Malaria in India - Number 2
Disease focus: Malaria
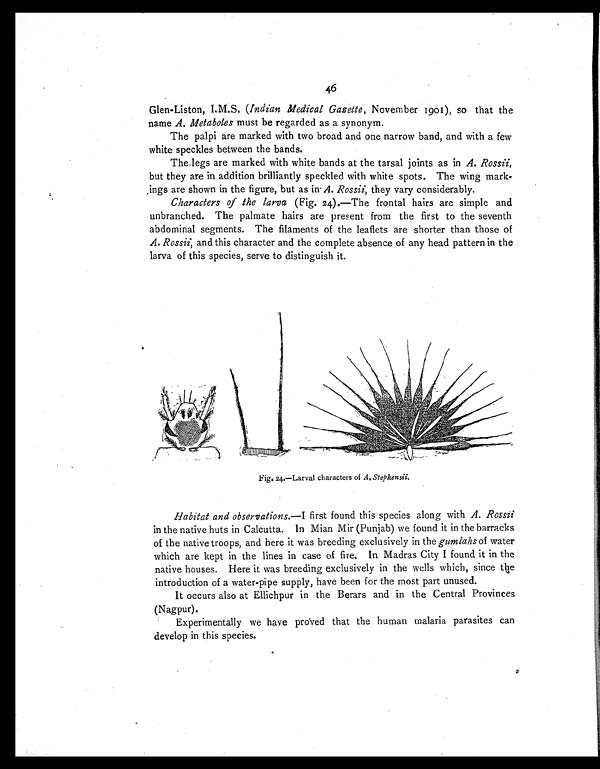
46
Glen-Liston, I.M.S. (Indian Medical Gazette, November 1901), so that the
name A. Metaboles must be regarded as a synonym.
The palpi are marked with two broad and one narrow band, and with a few
white speckles between the bands.
The legs are marked with white bands at the tarsal joints as in A. Rossii,
but they are in addition brilliantly speckled with white spots. The wing mark-
ings are shown in the figure, but as in A. Rossii, they vary considerably.
Characters of the larva (Fig. 24).—The frontal hairs are simple and
unbranched. The palmate hairs are present from the first to the seventh
abdominal segments. The filaments of the leaflets are shorter than those of
A. Rossii, and this character and the complete absence of any head pattern in the
larva of this species, serve to distinguish it.
F i g . 2 4 . — L a r v a l c h a r a c t e r s o f
A . S t e p h e n s i i .
Habitat and observations.—I first found this species along with A. Rossii
in the native huts in Calcutta. In Mian Mir (Punjab) we found it in the barracks
of the native troops, and here it was breeding exclusively in the gumlahs of water
which are kept in the lines in case of fire. In Madras City I found it in the
native houses. Here it was breeding exclusively in the wells which, since the
introduction of a water-pipe supply, have been for the most part unused.
It occurs also at Ellichpur in the Berars and in the Central Provinces
(Nagpur).
Experimentally we have proved that the human malaria parasites can
develop in this species.